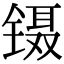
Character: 镊